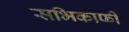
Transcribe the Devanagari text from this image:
सभिकाफी